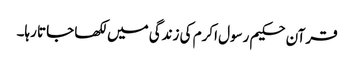
قرآن حکیم رسول اکرم کی زندگی میں لکھا جاتا رہا۔